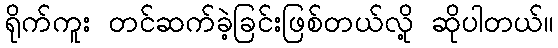
ရိုက်ကူး တင်ဆက်ခဲ့ခြင်းဖြစ်တယ်လို့ ဆိုပါတယ်။